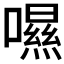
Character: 𡀾